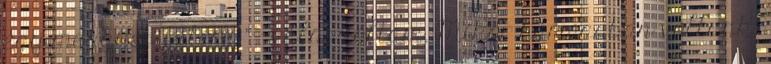
egy meggyes pitére ” – válaszoltam. Mikor hármasban vol­­tunk,